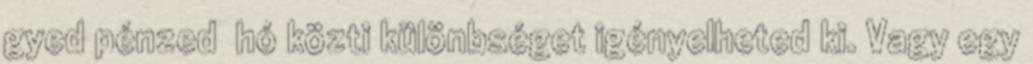
gyed pénzed hó közti különbséget igényelheted ki. Vagy egy